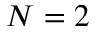
N = 2